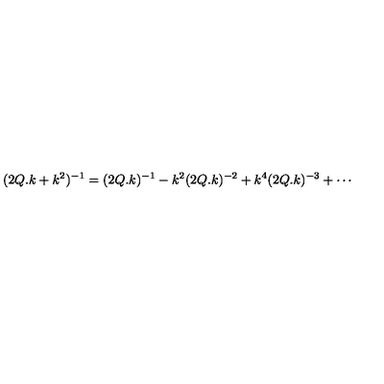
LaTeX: ( 2 Q . k + k ^ { 2 } ) ^ { - 1 } = ( 2 Q . k ) ^ { - 1 } - k ^ { 2 } ( 2 Q . k ) ^ { - 2 } + k ^ { 4 } ( 2 Q . k ) ^ { - 3 } + \cdots